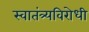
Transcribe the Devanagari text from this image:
स्वातंत्र्यविरोधी